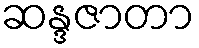
ဆန္ဒဇာတာ